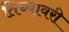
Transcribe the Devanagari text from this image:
तिच्यावरी